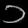
Digit: ၁